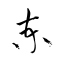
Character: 柬